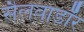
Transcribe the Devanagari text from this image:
सैलवाडॉर